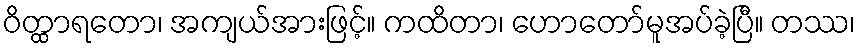
ဝိတ္ထာရတော၊ အကျယ်အားဖြင့်။ ကထိတာ၊ ဟောတော်မူအပ်ခဲ့ပြီ။ တဿ၊